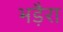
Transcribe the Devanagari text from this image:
भड़ैरा